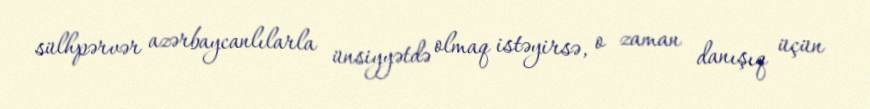
sülhpərvər azərbaycanlılarla ünsiyyətdə olmaq istəyirsə, o zaman danışıq üçün